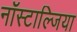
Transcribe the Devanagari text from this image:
नॉस्टाल्जिया